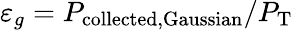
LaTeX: \varepsilon_{g}=P_{\mathrm{collected,Gaussian}}/P_{\mathrm{T}}